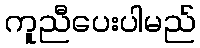
ကူညီပေးပါမည်